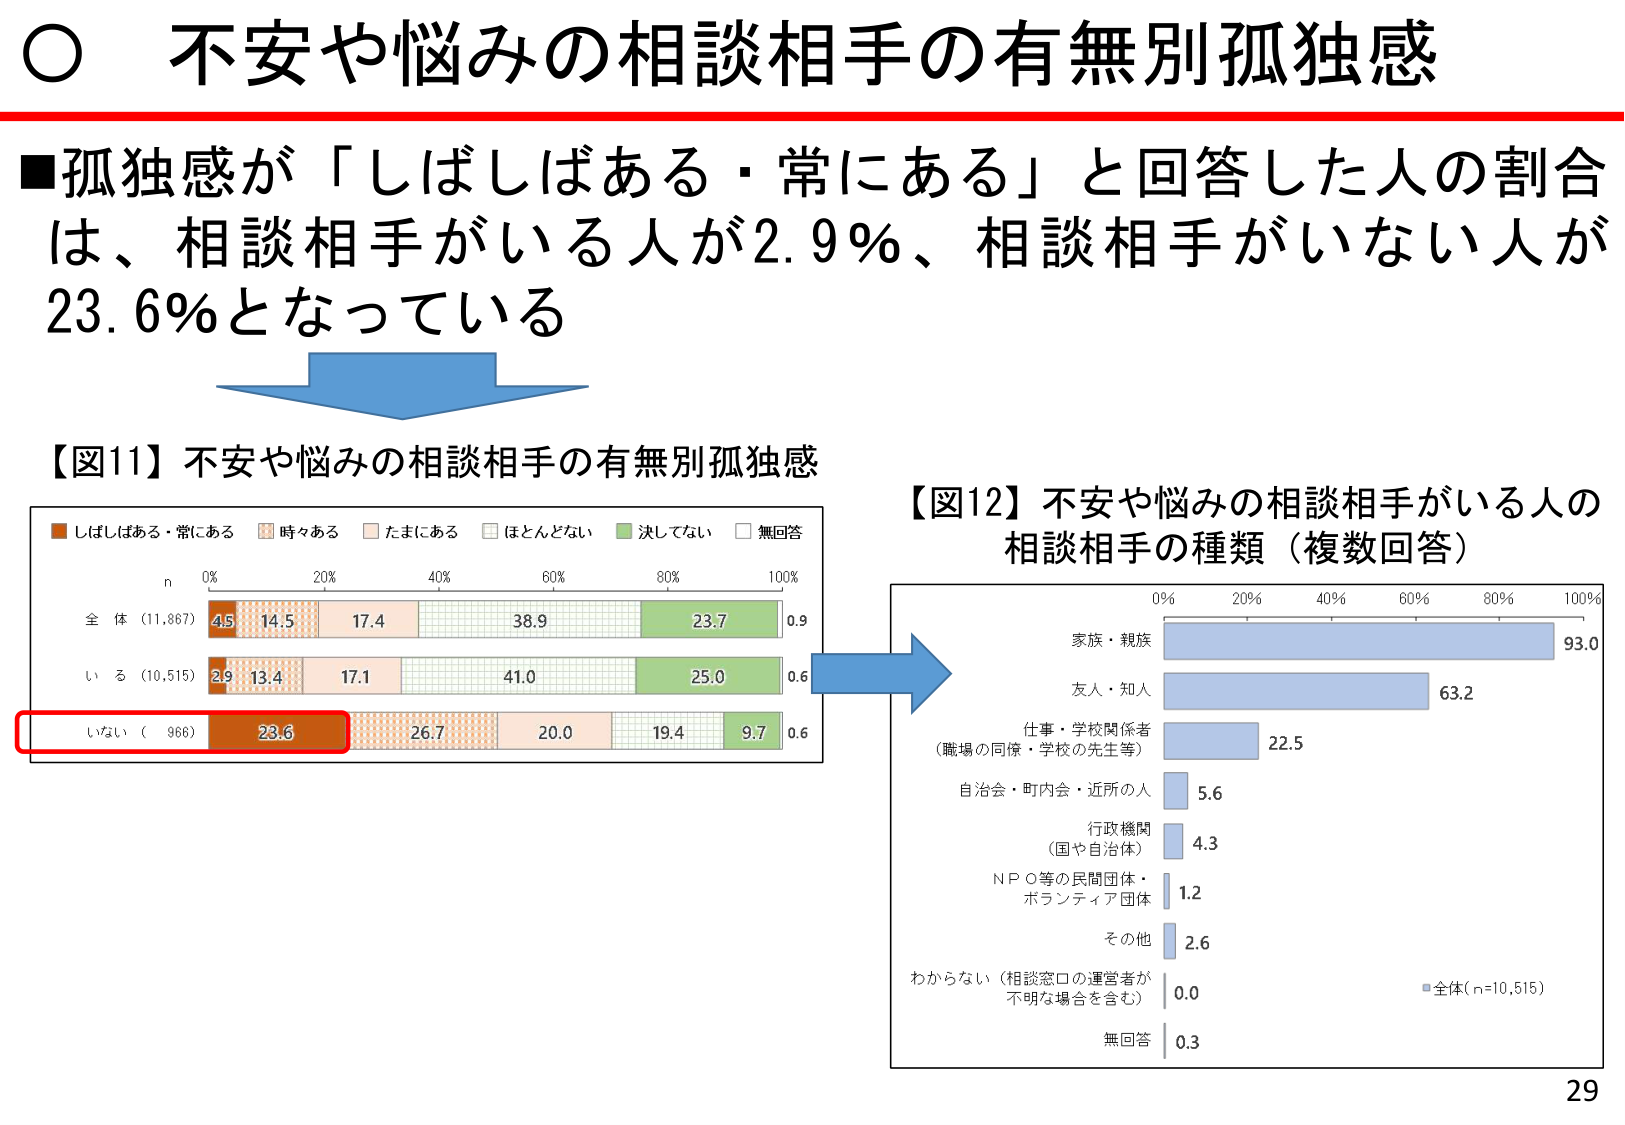
○ 不安や悩みの相談相手の有無別孤独感

■孤独感が「しばしばある・常にあり」と回答した人の割合は、相談相手がいる人が2.9％、相談相手がいない人が23.6％となっている

【図11】不安や悩みの相談相手の有無別孤独感
■しばしばある・常にあり　■時々ある　■たまにある　■ほとんどない　■決してない　■無回答
n
0%　20%　40%　60%　80%　100%
全体（11,867）　4.5　14.5　17.4　38.9　23.7　0.9
いる（10,515）　2.9　13.4　17.1　41.0　25.0　0.6
いない（966）　23.6　26.7　20.0　19.4　9.7　0.6

【図12】不安や悩みの相談相手がいる人の相談相手の種類（複数回答）
0%　20%　40%　60%　80%　100%
家族・親族　93.0
友人・知人　63.2
仕事・学校関係者（職場の同僚・学校の先生等）　22.5
自治会・町内会・近所の人　5.6
行政機関（国や自治体）　4.3
NPO等の民間団体・ボランティア団体　1.2
その他　2.6
わからない（相談窓口の運営者が不明な場合を含む）　0.0
無回答　0.3
■全体（n=10,515）

29